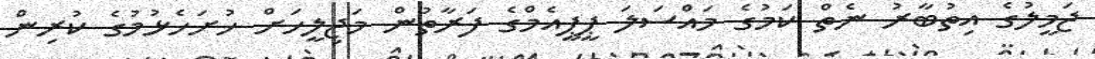
ޖަމީލުގެ އިތުބާރު ނެތް ކަމުގެ މައްސަލަ ޕީޕީއެމްގެ ފަރާތުން މަޖިލީހަށް ހުށަހެޅުމުގެ ކުރިން